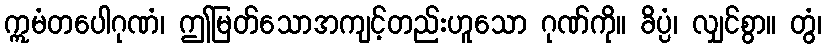
ဣမံတပေါဂုဏံ၊ ဤမြတ်သောအကျင့်တည်းဟူသော ဂုဏ်ကို။ ခိပ္ပံ၊ လျှင်စွာ။ တွံ၊